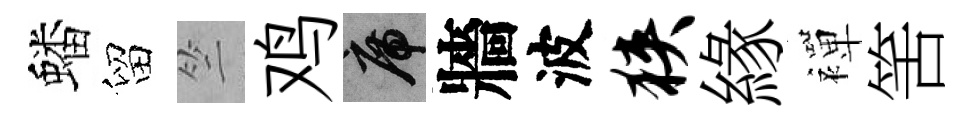
蟠留竺鸡席牆波狭緣襌筈